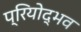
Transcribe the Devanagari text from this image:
प्रियोद्भव